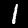
Label: 1